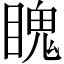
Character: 䁛